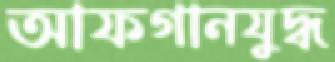
আফগানযুদ্ধ